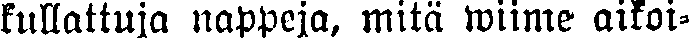
kullattuja nappeja, mitä wiime aikoi-